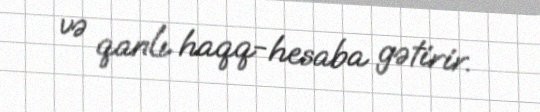
və qanlı haqq-hesaba gətirir.